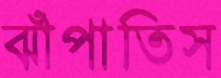
ঝাঁপাতিস